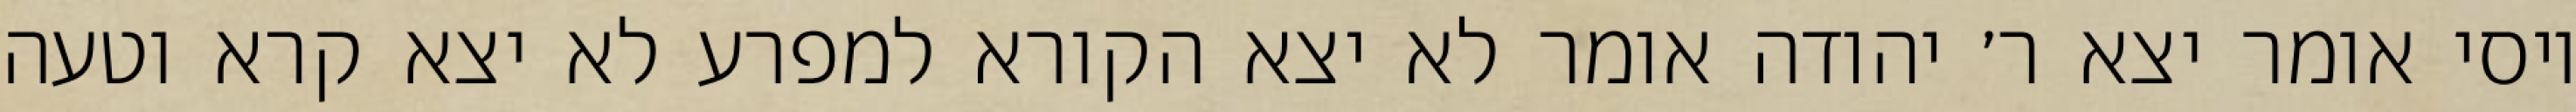
יוסי אומר יצא ר׳ יהודה אומר לא יצא הקורא למפרע לא יצא קרא וטעה